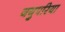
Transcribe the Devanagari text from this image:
जयुपरिया